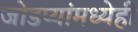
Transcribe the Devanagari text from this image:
जोडप्यांमध्येही